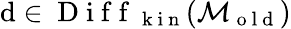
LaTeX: \mathrm{d}\in\mathrm{{~D~i~f~f~}}_{\mathrm{{~k~i~n~}}}(\mathcal{{M}}_{\mathrm{{~o~l~\mathrm{d}~}}})